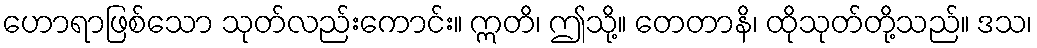
ဟောရာဖြစ်သော သုတ်လည်းကောင်း။ ဣတိ၊ ဤသို့။ တေတာနိ၊ ထိုသုတ်တို့သည်။ ဒသ၊